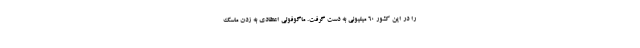
را در این کشور 60 میلیونی به دست گرفت. ماگوفولی اعتقادی به زدن ماسک